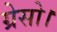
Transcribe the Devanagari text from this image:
ग्रेसो।